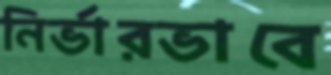
নির্ভারভাবে